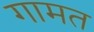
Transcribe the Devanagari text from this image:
गामत